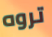
تروه